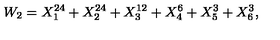
W _ { 2 } = X _ { 1 } ^ { 2 4 } + X _ { 2 } ^ { 2 4 } + X _ { 3 } ^ { 1 2 } + X _ { 4 } ^ { 6 } + X _ { 5 } ^ { 3 } + X _ { 6 } ^ { 3 } ,